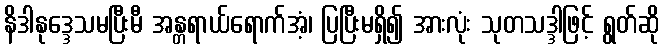
နိဒါနုဒ္ဒေသမပြီးမီ အန္တရာယ်ရောက်အံ့၊ ပြပြီးမရှိ၍ အားလုံး သုတသဒ္ဒါဖြင့် ရွတ်ဆို